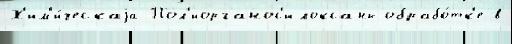
Х'им'и́ческаjа Пол'иорганос'илоксаны обрабо́тк'е в